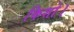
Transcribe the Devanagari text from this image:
किशो।